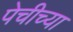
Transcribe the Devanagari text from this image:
पेचीच्या